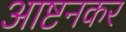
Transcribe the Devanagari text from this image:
आष्टनकर